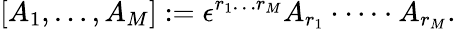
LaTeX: [A_{1},\dots,A_{M}]:=\epsilon^{r_{1}\dots r_{M}}A_{r_{1}}\cdot\dots\cdot A_{r_{M}}.